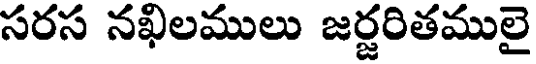
సరస నఖిలములు జర్జరితములై